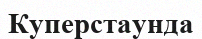
Куперстаунда